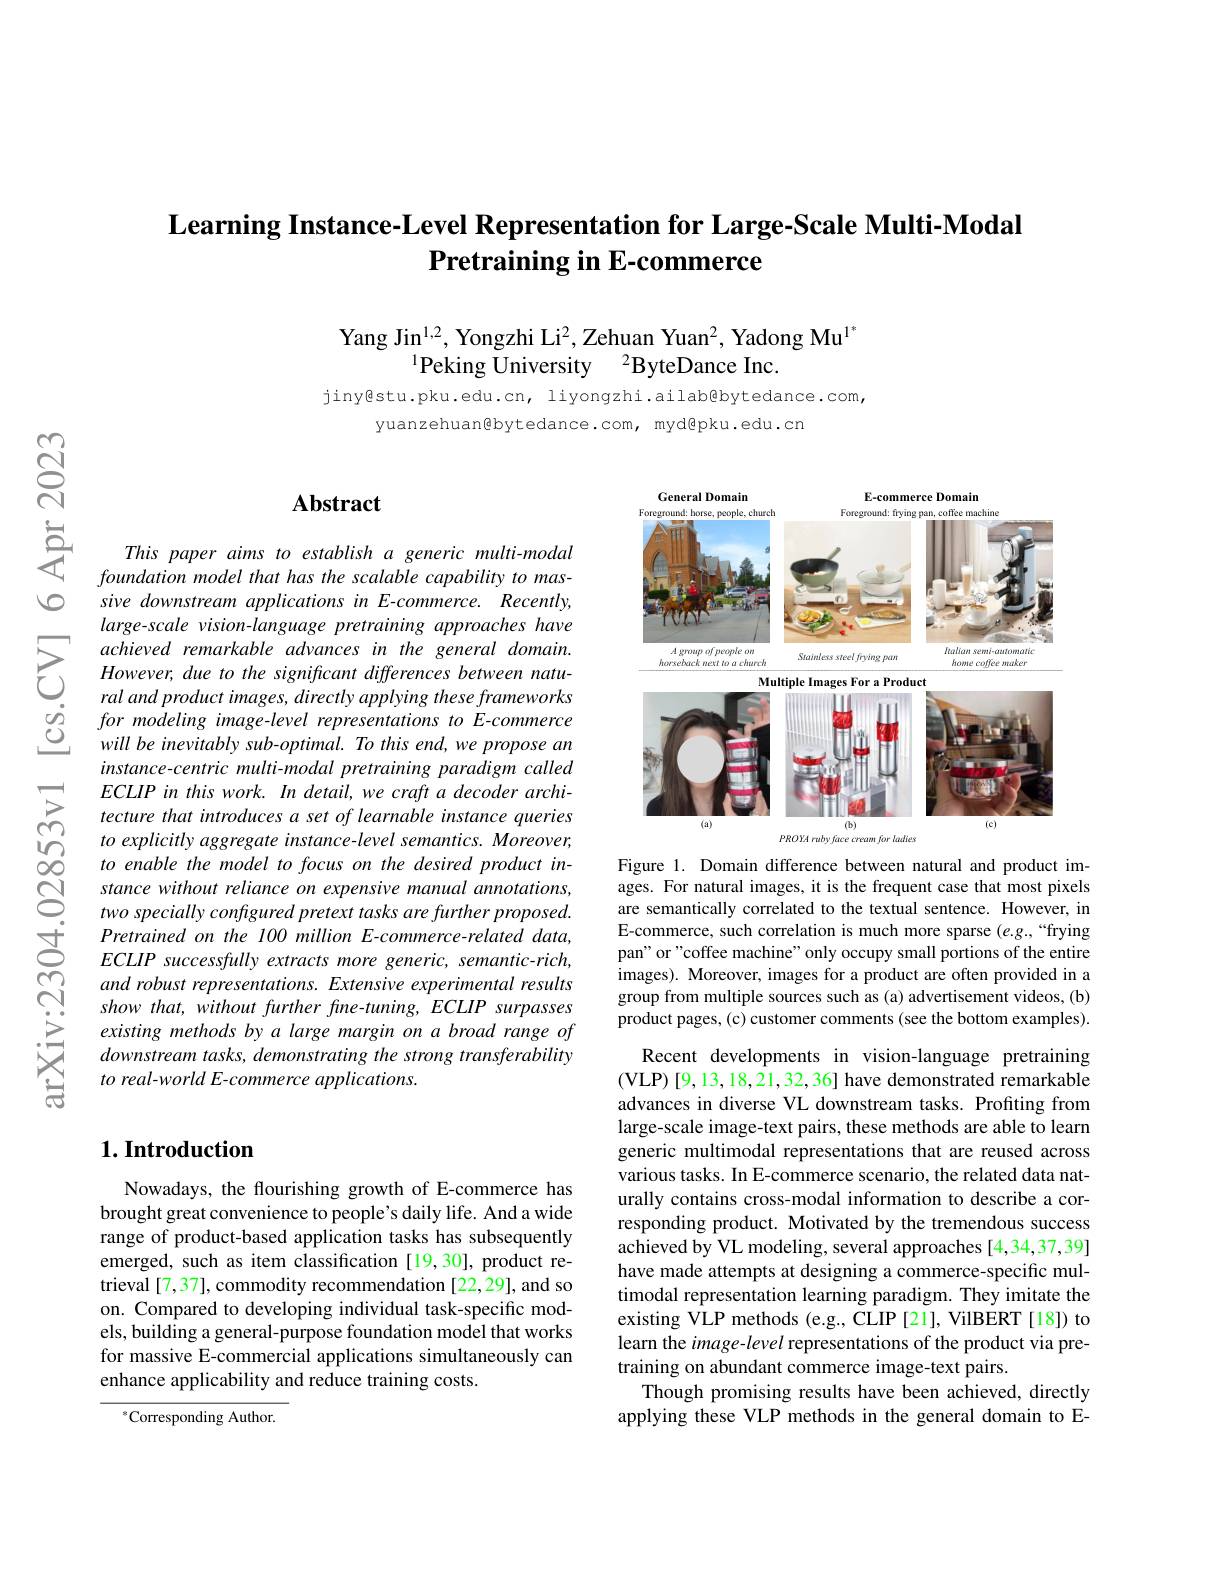
# Learning Instance-Level Representation for Large-Scale Multi-Modal $\textbf{Pretraining in E- commerce}$

Yang Jin$^{1,2}$, Yongzhi Li$^2$,Zehuan Yuan$^2$, Yadong Mu$^{1^*}$
$^{1}$Peking University$\:^2$ByteDance Inc.

jiny@stu.pku.edu.cn, liyongzhi.ailab@bytedance.com,
yuanzehuan@bytedance.com, myd@pku.edu.cn

### $\mathbf{Abstract}$

<FigureHere>

Figure 1. Domain difference between natural and product im-

This paper aims to establish a generic multi-modal foundation model that has the scalable capability to massive downstream applications in E-commerce. Recently, large-scale vision-language pretraining approaches have
$\sum_{\begin{array}{ccc}&achieved&remarkable&advances&in&the&general&domain.\\&However,&due&to&the&signiffcant&differences&between&natu-\\&ral&andnoduct&imaoes&directty&annlvino&theseframeworks\end{array}}$
$ralandproductimages,directlyapplyingtheseframeworks$
$\begin{array}{lll}{\textcircled{2}}&{for\:modeling\:image-level\:representations\:to\:E-commerce\\{\textcircled{2}}}{will\:be\:inevitably\:sub-optimal.\:To\:this\:end,\:we\:propose\:an}\end{array} $
instance-centric multi-modal pretraining paradigm called $ECLIPinthiswork.Indetail,wecraftadecoderarchi-$ tecture that introduces a set of learnable instance queries to explicitly aggregate instance-level semantics. Moreover, to enable the model to focus on the desired product instance without reliance on expensive manual annotations, two specially configured pretext tasks are further proposed. Pretrained on the 100 million E-commerce-related data, $ECLIP$ successfully extracts more generic, semantic-rich, and robust representations. Extensive experimental results show that, without further fune-tuning, ECLIP surpasses existing methods by a large margin on a broad range of downstream tasks, demonstrating the strong transferability to real-world E-commerce applications.

ages. For natural images, it is the frequent case that most pixels are semantically correlated to the textual sentence. However, in E-commerce, such correlation is much more sparse (e.g.,“frying pan" or"coffee machine" only occupy small portions of the entire images). Moreover, images for a product are often provided in a group from multiple sources such as (a) advertisement videos, (b) product pages, (c) customer comments (see the bottom examples).

## $1. \textbf{Introduction}$

Recent developments in vision-language pretraining (VLP) [9,13,18,21,32,36] have demonstrated remarkable advances in diverse VL downstream tasks. Profiting from large-scale image-text pairs, these methods are able to learn generic multimodal representations that are reused across various tasks. In E-commerce scenario, the related data naturally contains cross-modal information to describe a corresponding product. Motivated by the tremendous success achieved by VL modeling, several approaches [4,34,37,39] have made attempts at designing a commerce-specific multimodal representation learning paradigm. They imitate the existing VLP methods (e.g., CLIP [21], VilBERT [18]) to learn the $image-level$ representations of the product via pretraining on abundant commerce image-text pairs.
Though promising results have been achieved, directly applying these VLP methods in the general domain to E-

Nowadays, the flourishing growth of E-commerce has brought great convenience to people's daily life. And a wide range of product-based application tasks has subsequently emerged, such as item classification [19,30], product retrieval [7,37], commodity recommendation [22,29], and so on. Compared to developing individual task-specific models, building a general-purpose foundation model that works for massive E-commercial applications simultaneously can enhance applicability and reduce training costs.

$^{*}$Corresponding Author.